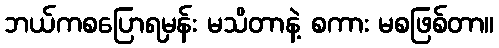
ဘယ်ကစပြောရမှန်း မသိတာနဲ့ စကား မစဖြစ်တာ။